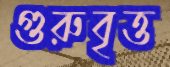
গুরুবৃত্ত